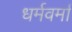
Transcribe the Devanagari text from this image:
धर्मवर्मा